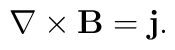
{\bf \nabla}\times {\bf B} ={\bf j}.